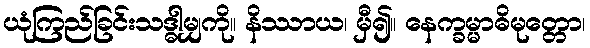
ယုံကြည်ခြင်းသဒ္ဓါမျှကို။ နိဿာယ၊ မှီ၍။ နေက္ခမ္မာဓိမုတ္တော၊